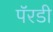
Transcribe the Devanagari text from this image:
पॅरडी